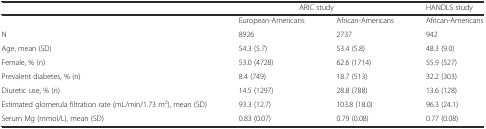
<table><thead><tr><td></td><td colspan="2"><b>ARIC study</b></td><td><b>HANDLS study</b></td></tr></thead><tbody><tr><td></td><td>European-Americans</td><td>African-Americans</td><td>African-Americans</td></tr><tr><td>N</td><td>8926</td><td>2737</td><td>942</td></tr><tr><td>Age, mean (SD)</td><td>54.3 (5.7)</td><td>53.4 (5.8)</td><td>48.3 (9.0)</td></tr><tr><td>Female, % (n)</td><td>53.0 (4728)</td><td>62.6 (1714)</td><td>55.9 (527)</td></tr><tr><td>Prevalent diabetes, % (n)</td><td>8.4 (749)</td><td>18.7 (513)</td><td>32.2 (303)</td></tr><tr><td>Diuretic use, % (n)</td><td>14.5 (1297)</td><td>28.8 (788)</td><td>13.6 (128)</td></tr><tr><td>Estimated glomerula filtration rate (mL/min/1.73 m<sup>2</sup>), mean (SD)</td><td>93.3 (12.7)</td><td>103.8 (18.0)</td><td>96.3 (24.1)</td></tr><tr><td>Serum Mg (mmol/L), mean (SD)</td><td>0.83 (0.07)</td><td>0.79 (0.08)</td><td>0.77 (0.08)</td></tr></tbody></table>